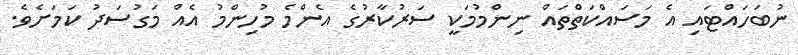
ނުބަހައްޓައި އެ މަސައްކަތްތައް ނިންމުމަކީ ސަރުކާރުގެ އެންމެ މުހިންމު އެއް މަގުސަދު ކަމަށެވެ.